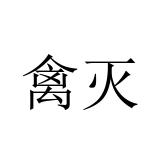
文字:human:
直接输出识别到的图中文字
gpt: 禽灭